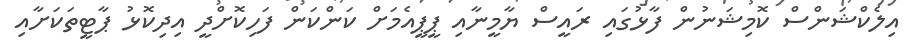
އިލެކްޝަންސް ކޮމިޝަނުން ފާޅުގައި ރައީސް ޔާމީނާއި ޕީޕީއެމަށް ކަންކަން ފަހިކޮށްދީ އިދިކޮޅު ޕާޓީތަކަށާއި